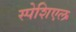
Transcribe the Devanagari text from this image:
स्पेशिएल